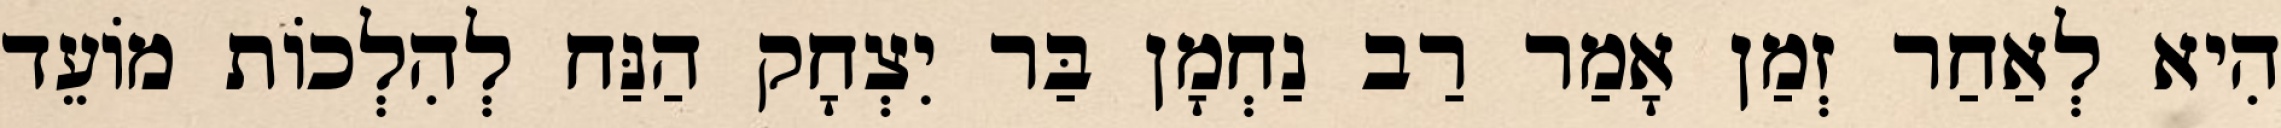
הִיא לְאַחַר זְמַן אָמַר רַב נַחְמָן בַּר יִצְחָק הַנַּח לְהִלְכוֹת מוֹעֵד